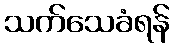
သက်သေခံရန်